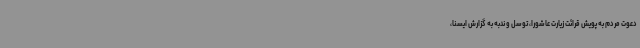
دعوت مردم به پویش قرائت زیارت عاشورا، توسل و ندبه به گزارش ایسنا،